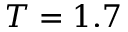
T = 1 . 7